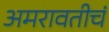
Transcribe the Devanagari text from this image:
अमरावतीचं